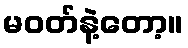
မဝတ်နဲ့တော့။